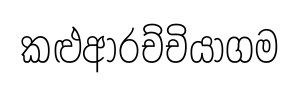
කළුආරච්චියාගම